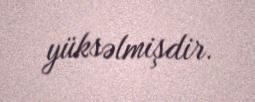
yüksəlmişdir.